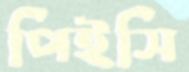
পিইসি